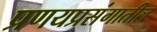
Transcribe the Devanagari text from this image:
प्रणयप्रसंगातील